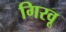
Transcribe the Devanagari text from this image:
गिरवू